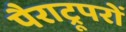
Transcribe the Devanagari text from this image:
पैराट्रूपरों